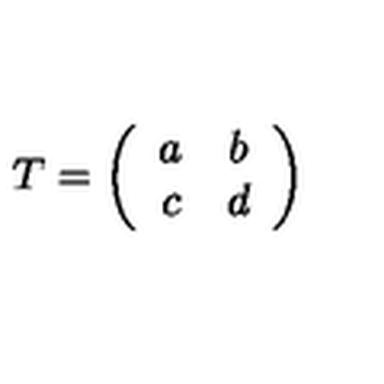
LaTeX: T = \left( \begin{array} { c c } { a } & { b } \\ { c } & { d } \\ \end{array} \right)